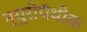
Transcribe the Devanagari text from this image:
न्युरोपॅथीक